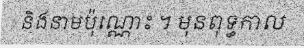
និងនាមប៉ុណ្ណោះ ។ មុនពុទ្ធកាល